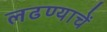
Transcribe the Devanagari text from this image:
लढण्याचें